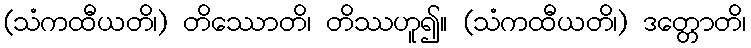
(သံကထီယတိ၊) တိဿောတိ၊ တိဿဟူ၍။ (သံကထီယတိ၊) ဒတ္တောတိ၊